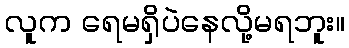
လူက ရေမရှိပဲနေလို့မရဘူး။